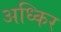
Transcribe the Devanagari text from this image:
अध्किर